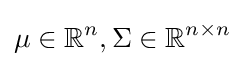
\mu \in \mathbb {R} ^{n},\Sigma \in \mathbb {R} ^{n\times n}